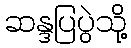
ဆန္ဒပြပွဲသို့